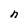
Character: n